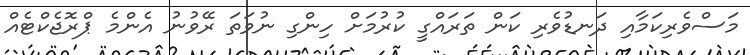
މަސްވެރިކަމާއި ދަނޑުވެރި ކަން ތަރައްގީ ކުރުމަށް ހިންގި ނުވަތަ ރޭވުނު އެންމެ ޕްރޮޖެކްޓެއް